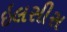
ઇલસીસ